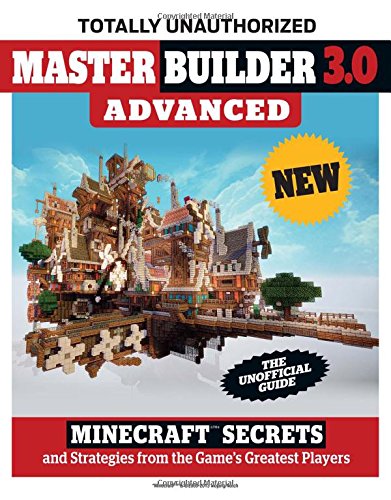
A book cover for Master Builder 3.0 Advanced: MinecraftÂ®EE¢ Secrets and Strategies from the Game's Greatest Players; Triumph Books; Humor & Entertainment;